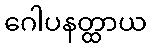
ဂေါပနတ္ထာယ